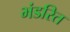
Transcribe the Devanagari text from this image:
भंडरित